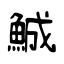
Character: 鯎